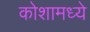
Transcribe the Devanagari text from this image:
कोशामध्ये